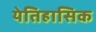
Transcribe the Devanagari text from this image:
येतिहासिक